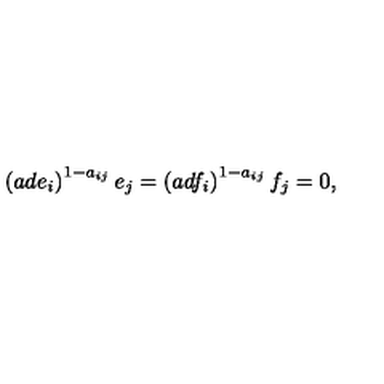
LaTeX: \left( a d e _ { i } \right) ^ { 1 - a _ { i j } } e _ { j } = \left( a d f _ { i } \right) ^ { 1 - a _ { i j } } f _ { j } = 0 ,